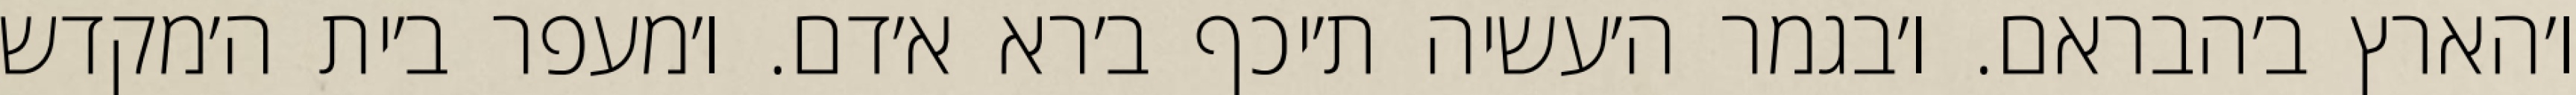
ו׳הארץ ב׳הבראם. ו׳בגמר ה׳עשיה ת׳יכף ב׳רא א׳דם. ו׳מעפר ב׳ית ה׳מקדש